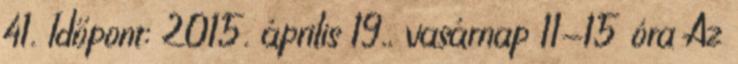
41. Időpont: 2015. április 19., vasárnap 11-15 óra Az